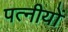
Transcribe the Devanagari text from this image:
पत्नीयों